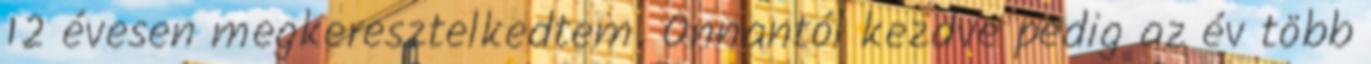
12 évesen megkeresztelkedtem. Onnantól kezdve pedig az év több